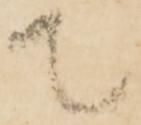
て